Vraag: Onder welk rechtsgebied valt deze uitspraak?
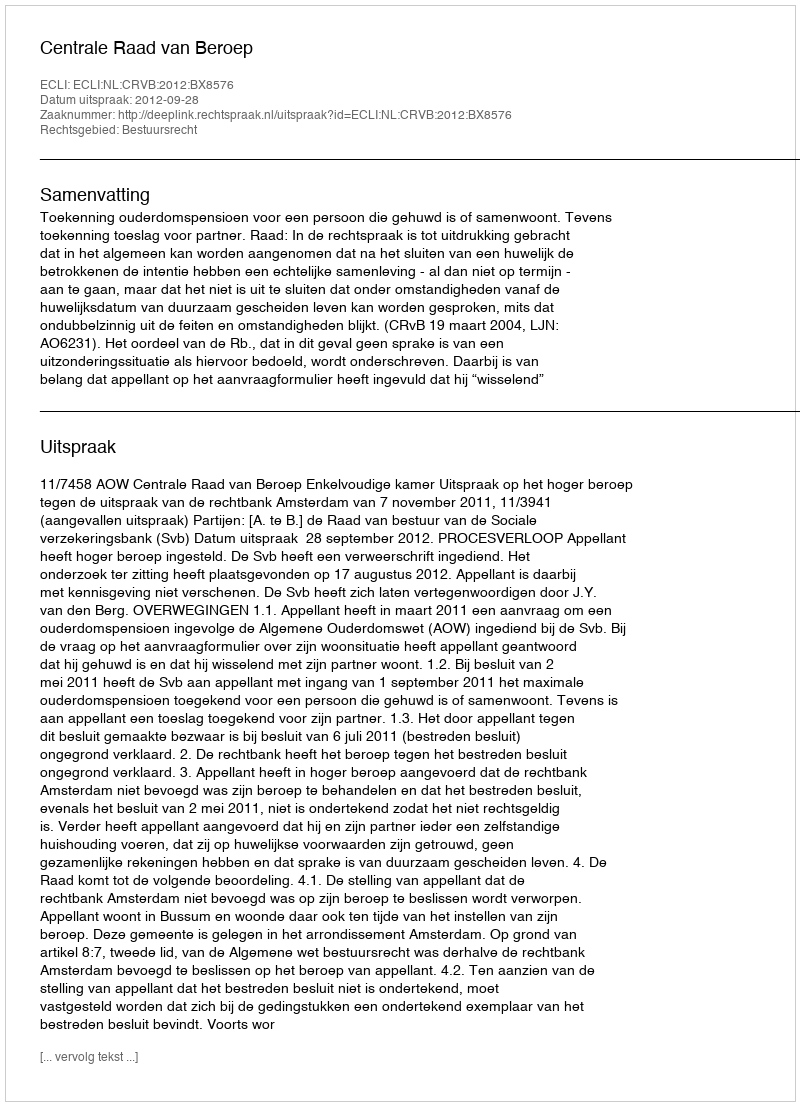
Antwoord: Bestuursrecht